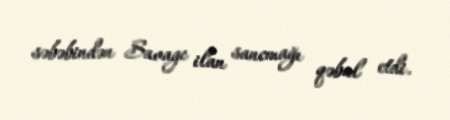
səbəbindən Savage ilan sancmağı qəbul etdi.